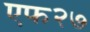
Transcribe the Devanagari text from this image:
एफ२७